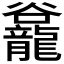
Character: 𪚡